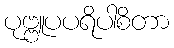
ပုဗ္ဗူပပရိပါစိတာ